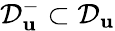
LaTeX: \mathcal{D}_{\mathbf{u}}^{-}\subset\mathcal{D}_{\mathbf{u}}